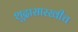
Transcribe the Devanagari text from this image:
शूद्रासारखीच